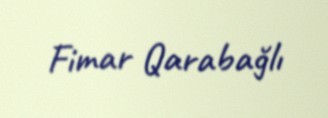
Fimar Qarabağlı